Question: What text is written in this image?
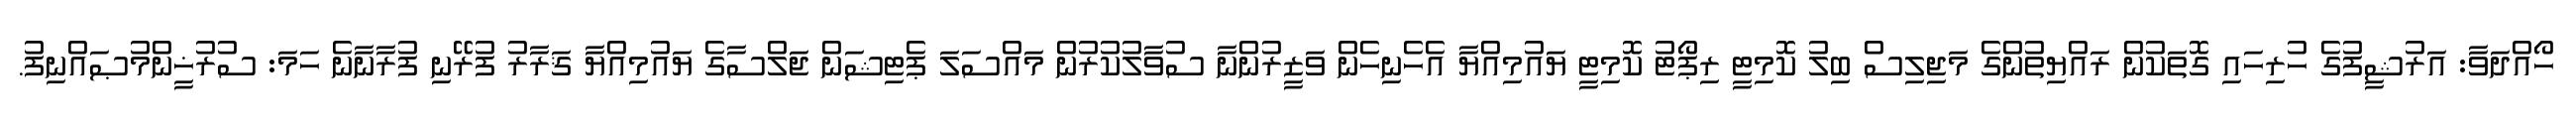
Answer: ހޯއްދަވާ: އަރުޝީފުގެ ހުރިހައި ގޮތަކުން ރައްޔިތުންގެ މަޖިލިސް ބިލު ކޮމިޓީ ރިޕޯޓު ކޮމިޓީ ޔައުމިއްޔާ އެހެނިހެން ވަޒީރުންނާ ސުވާލުކުރުން މައްސަލަ ޕެޓިޝަން ޖަލްސާގެ ޔައުމިއްޔާ ޤަރާރު ފުރޭނި ފުރާނާނެ ހަމަ: ސުރުޚީންމުޞައްނިފު.